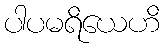
ပါပမရိယေဟိ